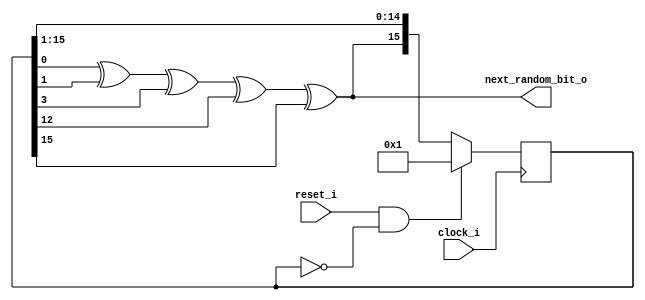
module lfsr(output wire next_random_bit_o,
            input wire clock_i,
            input wire reset_i);

    reg [15:0] state;

    assign next_random_bit_o = state[0] ^ state[1] ^ state[3] ^ state[12] ^ state[15];

    // Maximal-length 16-bit feedback polynomial (https://users.ece.cmu.edu/~koopman/lfsr/index.html)
    // x^16 + x^15 + x^13 + x^4 + 1
    always @(posedge clock_i) begin
        if ((reset_i == 1'b1) && (state == 16'b0)) begin
            state <= 16'b1;
        end
        else begin
            state <= {next_random_bit_o, state[15:1]};
        end
    end

endmodule